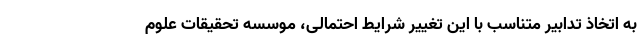
به اتخاذ تدابیر متناسب با این تغییر شرایط احتمالی، موسسه تحقیقات علوم